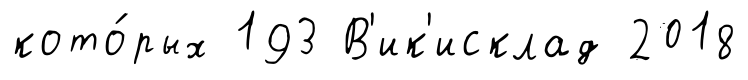
кото́рых 193 В'ик'исклад 2018